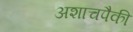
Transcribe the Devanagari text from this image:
अशाचपैकी